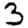
Digit: 3